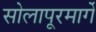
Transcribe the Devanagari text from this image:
सोलापूरमार्गे